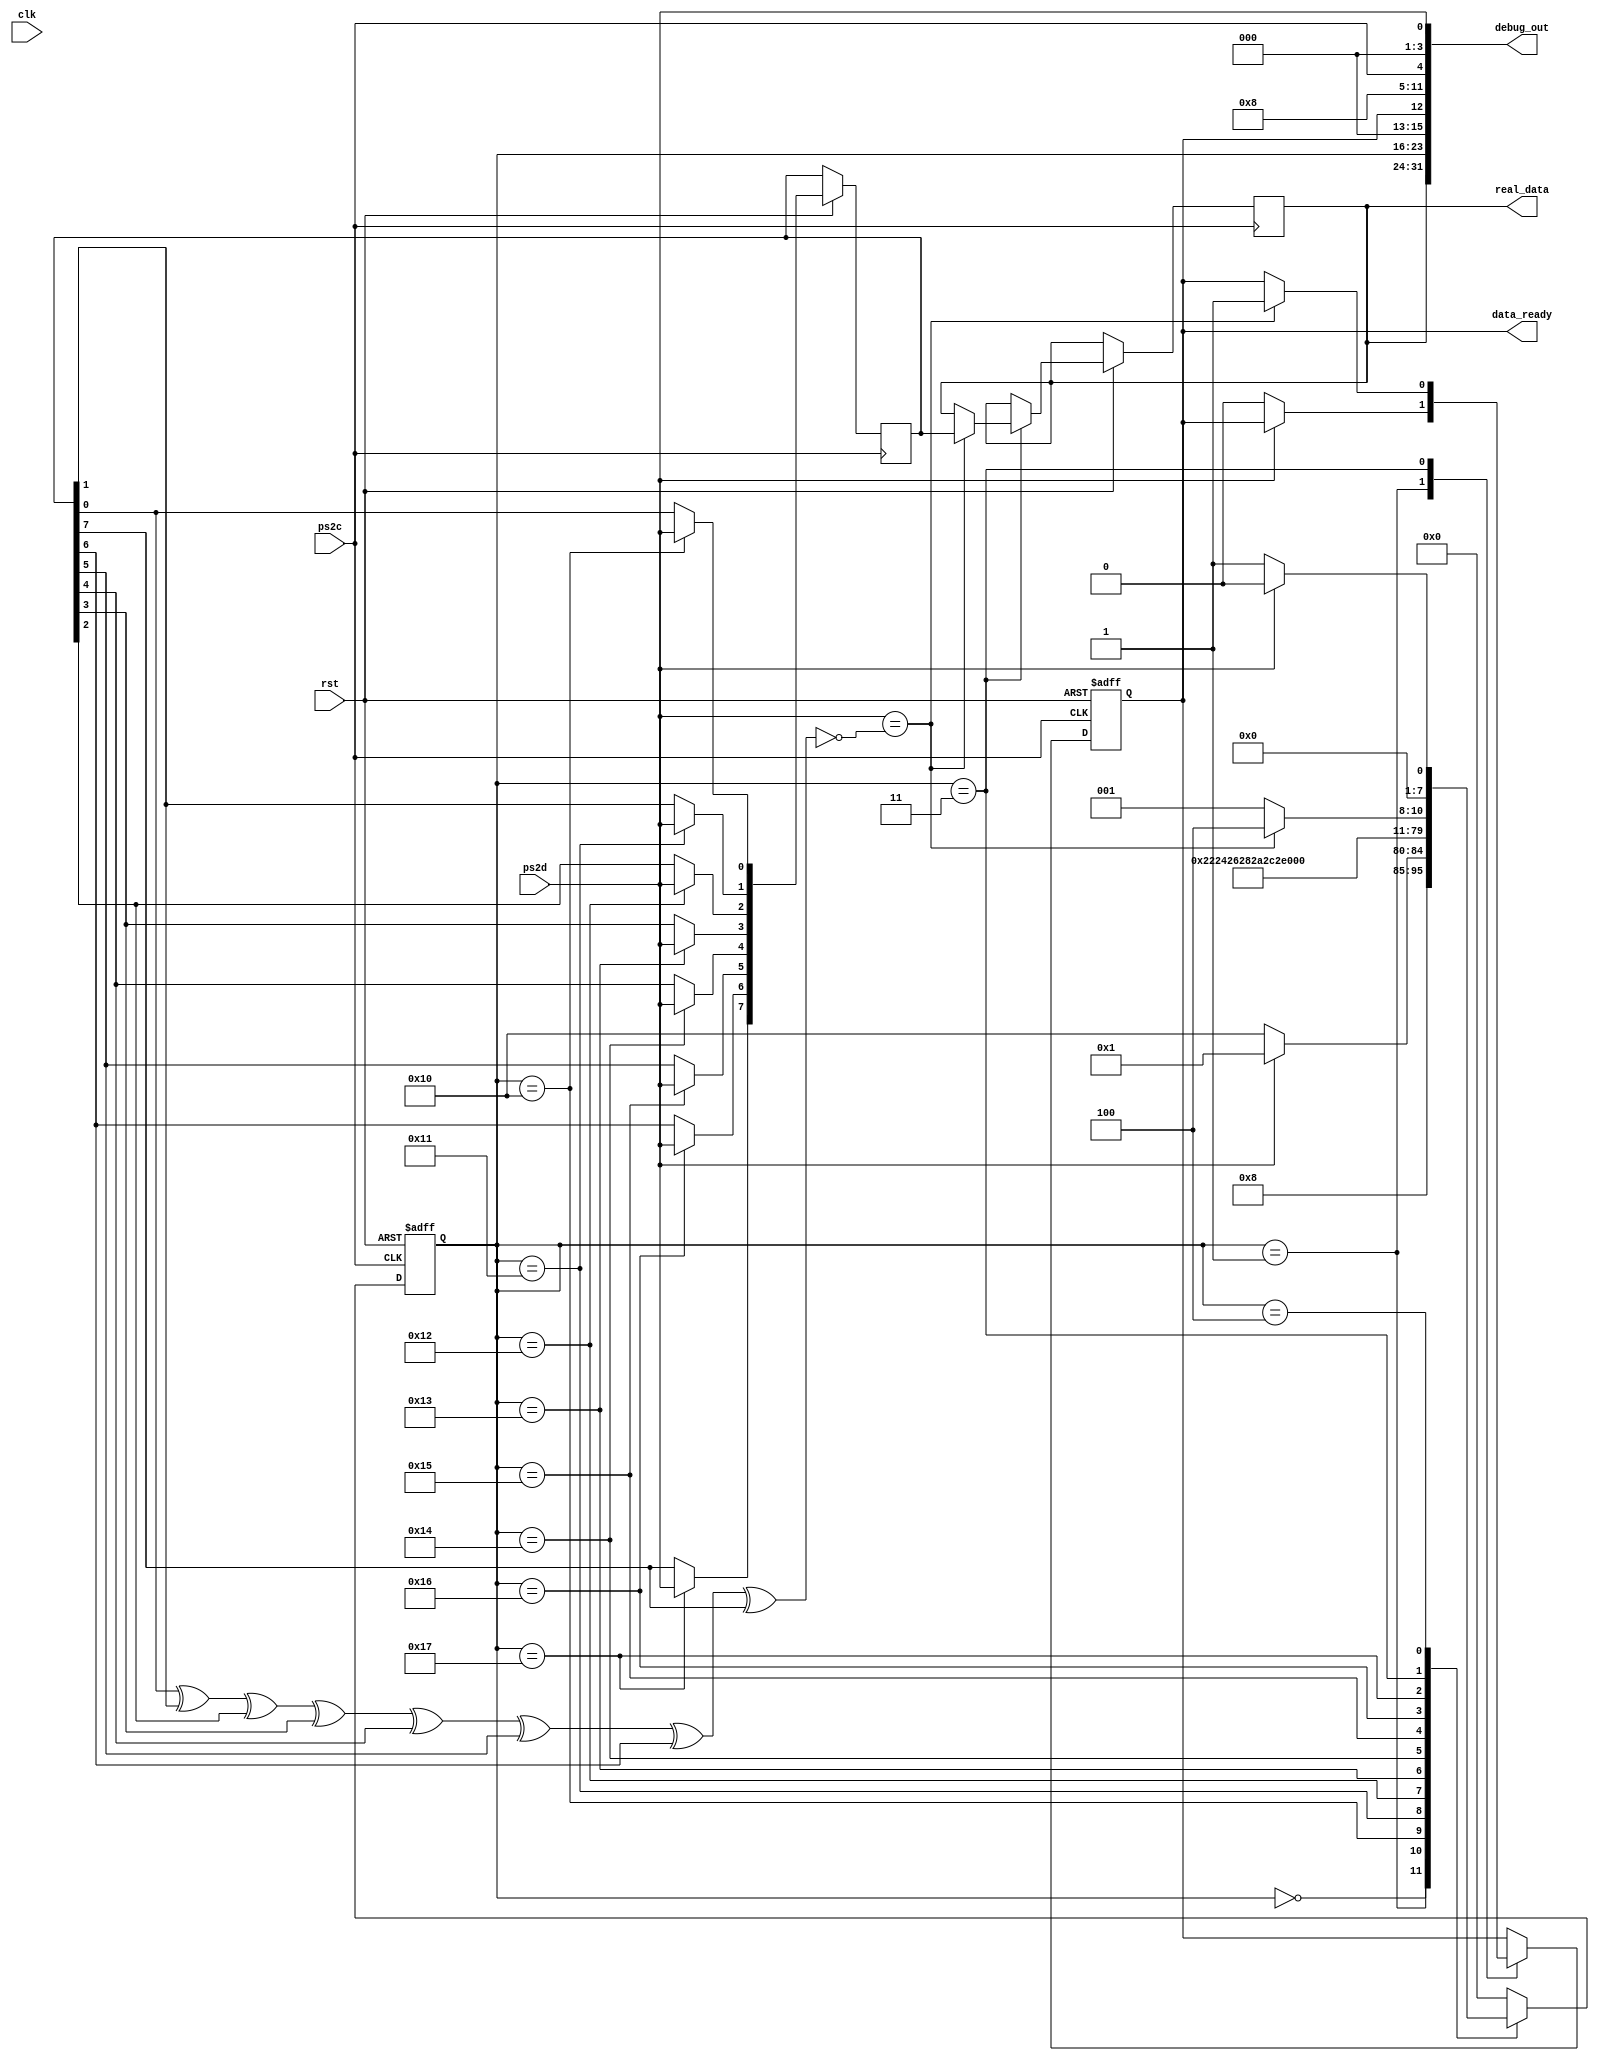
module kbd(
	input clk,
	input rst,
	input ps2c,
	input ps2d,
	output reg [7:0] real_data,
	output reg data_ready,
	output wire [31:0] debug_out
);

reg [7:0] stat;
reg prv_ps2c;
wire d;
assign d = ps2d;
wire act;
// assign act = prv_ps2c && !ps2c;
assign act = 1'b1;

wire even;
assign even = data[0] ^ data[1] ^ data[2] ^ data[3] ^ data[4] ^ data[5] ^ 
	         data[6] ^ data[7] ^ 1'b1;

assign debug_out = {real_data, stat, 3'b0, data_ready, 3'b0, act, 
	               3'b0, ps2c, 3'b0, ps2d};

initial begin
	stat <= 8'h00;
end

always @(posedge clk) begin
	prv_ps2c <= ps2c;
end

reg [15:0] rst_cnt;
reg [7:0] data;

initial begin
	rst_cnt = 0;
end

always @(posedge clk) begin
	if (stat[4] && !act) begin
		rst_cnt <= rst_cnt + 16'd1;
	end else begin
		rst_cnt <= 16'h0;
	end
end

always @(negedge ps2c or negedge rst) begin
	if (!rst) begin
		stat <= 8'h00;
		data_ready <= 1'b0;
	end else if (rst_cnt > 16'd20000) begin
		stat <= 8'h00;
	end else begin
		case (stat)
			8'h00: begin
				stat <= 8'h01;
			end
			8'h01: begin
				if (act && !d) begin
					stat <= 8'h10;
					data_ready <= 1'b0;
				end else begin
					stat <= 8'h01;
				end
			end
			8'h10: begin
				if (act) begin
					data[0] <= d;
					stat <= 8'h11;
				end
			end
			8'h11: begin
				if (act) begin
					data[1] <= d;
					stat <= 8'h12;
				end
			end
			8'h12: begin
				if (act) begin
					data[2] <= d;
					stat <= 8'h13;
				end
			end
			8'h13: begin
				if (act) begin
					data[3] <= d;
					stat <= 8'h14;
				end
			end
			8'h14: begin
				if (act) begin
					data[4] <= d;
					stat <= 8'h15;
				end
			end
			8'h15: begin
				if (act) begin
					data[5] <= d;
					stat <= 8'h16;
				end
			end
			8'h16: begin
				if (act) begin
					data[6] <= d;
					stat <= 8'h17;
				end
			end
			8'h17: begin
				if (act) begin
					data[7] <= d;
					stat <= 8'h03;
				end
			end
			8'h03: begin
				if (act) begin
					if (d == even) begin
						stat <= 8'h04;
						real_data <= data;
						data_ready <= 1'b1;
					end else begin
						stat <= 8'h01;
					end
				end
			end
			8'h04: begin
				if (act) begin 
					if (d) begin
						stat <= 8'h00;
					end else begin
						stat <= 8'h01;
					end
				end
			end
			default: begin
				stat <= 8'h00;
			end
		endcase
	end
end
endmodule